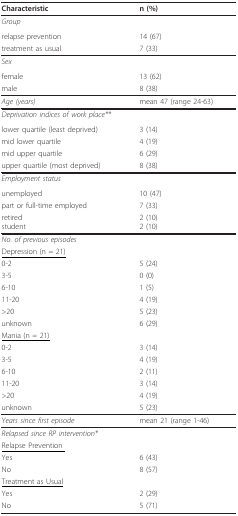
<table><thead><tr><td><b>Characteristic</b></td><td><b>n (%)</b></td></tr></thead><tbody><tr><td><i>Group</i></td><td>[EMPTY_CELL]</td></tr><tr><td>relapse prevention</td><td>14 (67)</td></tr><tr><td>treatment as usual</td><td>7 (33)</td></tr><tr><td><i>Sex</i></td><td>[EMPTY_CELL]</td></tr><tr><td>female</td><td>13 (62)</td></tr><tr><td>male</td><td>8 (38)</td></tr><tr><td><i>Age (years)</i></td><td>mean 47 (range 24-63)</td></tr><tr><td><i>Deprivation indices of work place**</i></td><td>[EMPTY_CELL]</td></tr><tr><td>lower quartile (least deprived)</td><td>3 (14)</td></tr><tr><td>mid lower quartile</td><td>4 (19)</td></tr><tr><td>mid upper quartile</td><td>6 (29)</td></tr><tr><td>upper quartile (most deprived)</td><td>8 (38)</td></tr><tr><td><i>Employment status</i></td><td>[EMPTY_CELL]</td></tr><tr><td>unemployed</td><td>10 (47)</td></tr><tr><td>part or full-time employed</td><td>7 (33)</td></tr><tr><td>retiredstudent</td><td>2 (10)2 (10)</td></tr><tr><td><i>No. of previous episodes</i></td><td>[EMPTY_CELL]</td></tr><tr><td><underline>Depression (n = 21)</underline></td><td>[EMPTY_CELL]</td></tr><tr><td>0-2</td><td>5 (24)</td></tr><tr><td>3-5</td><td>0 (0)</td></tr><tr><td>6-10</td><td>1 (5)</td></tr><tr><td>11-20</td><td>4 (19)</td></tr><tr><td>&gt;20</td><td>5 (23)</td></tr><tr><td>unknown</td><td>6 (29)</td></tr><tr><td><underline>Mania (n = 21)</underline></td><td>[EMPTY_CELL]</td></tr><tr><td>0-2</td><td>3 (14)</td></tr><tr><td>3-5</td><td>4 (19)</td></tr><tr><td>6-10</td><td>2 (11)</td></tr><tr><td>11-20</td><td>3 (14)</td></tr><tr><td>&gt;20</td><td>4 (19)</td></tr><tr><td>unknown</td><td>5 (23)</td></tr><tr><td><i>Years since first episode</i></td><td>mean 21 (range 1-46)</td></tr><tr><td><i>Relapsed since RP intervention*</i></td><td>[EMPTY_CELL]</td></tr><tr><td><underline>Relapse Prevention </underline></td><td>[EMPTY_CELL]</td></tr><tr><td>Yes</td><td>6 (43)</td></tr><tr><td>No</td><td>8 (57)</td></tr><tr><td><underline>Treatment as Usual</underline></td><td>[EMPTY_CELL]</td></tr><tr><td>Yes</td><td>2 (29)</td></tr><tr><td>No</td><td>5 (71)</td></tr></tbody></table>